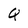
Character: Q